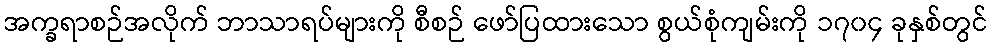
အက္ခရာစဉ်အလိုက် ဘာသာရပ်များကို စီစဉ် ဖော်ပြထားသော စွယ်စုံကျမ်းကို ၁၇၀၄ ခုနှစ်တွင်